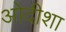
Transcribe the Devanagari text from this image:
ओदीशा